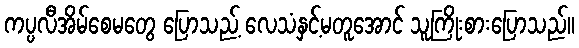
ကပ္ပလီအိမ်စေမတွေ ပြောသည့် လေသံနှင့်မတူအောင် သူကြိုးစားပြောသည်။